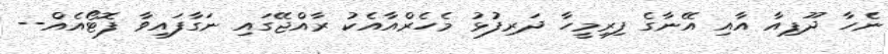
ނެހާ ދޫޕިއާ އާއި އޭނާގެ ފިރިމީހާ ދަރިފުޅު މެހެރްއާއެކު ރާއްޖޭގައި ނަގާފައިވާ ފޮޓޯއެއް--